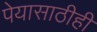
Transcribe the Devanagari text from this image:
पेयासाठीही